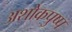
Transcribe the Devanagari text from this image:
अशोकपुष्प